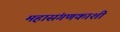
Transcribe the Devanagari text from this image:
महासंगणकाशी